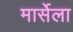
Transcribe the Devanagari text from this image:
मार्सेला